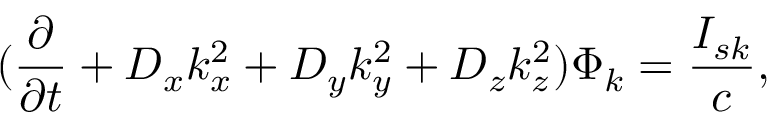
( \frac { \partial } { \partial t } + { D _ { x } } { k _ { x } ^ { 2 } } + { D _ { y } } { k _ { y } ^ { 2 } } + { D _ { z } } { k _ { z } ^ { 2 } } ) \Phi _ { k } = \frac { { I _ { s k } } } { c } ,